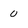
Character: 0